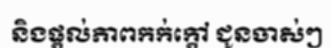
និងផ្តល់ភាពកក់ក្តៅ ជូនចាស់ៗ